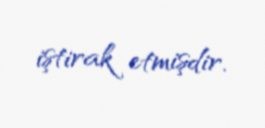
iştirak etmişdir.